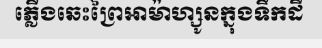
ភ្លើងឆេះព្រៃអាម៉ាហ្សូនក្នុងទឹកដី